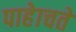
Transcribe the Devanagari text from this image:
पाहेाचते